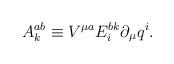
LaTeX: \begin{align*}A^{ab}_k\equiv V^{\mu a}E^{bk}_i\partial_\mu q^i.\end{align*}